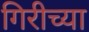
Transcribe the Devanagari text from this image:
गिरीच्या